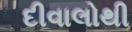
દીવાલોથી